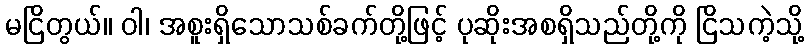
မငြိတွယ်။ ဝါ၊ အစူးရှိသောသစ်ခက်တို့ဖြင့် ပုဆိုးအစရှိသည်တို့ကို ငြိသကဲ့သို့